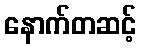
နောက်တဆင့်